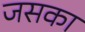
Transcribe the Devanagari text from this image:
जसका